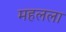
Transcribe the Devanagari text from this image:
महलला